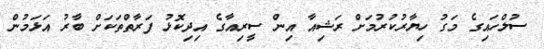
ސުލްހައިގެ މަގު ހިޔާރުކުރުމަށް ރަޝިއާ އިން ސީރިއާގެ އިދިކޮޅު ފަރާތްތަކަށް ބާރު އަޅަމުން